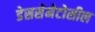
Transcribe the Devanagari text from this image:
डेससेमेटोसील